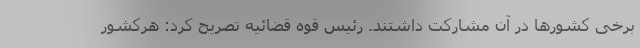
برخی کشور‌ها در آن مشارکت داشتند. رئیس قوه قضائیه تصریح کرد: هرکشور